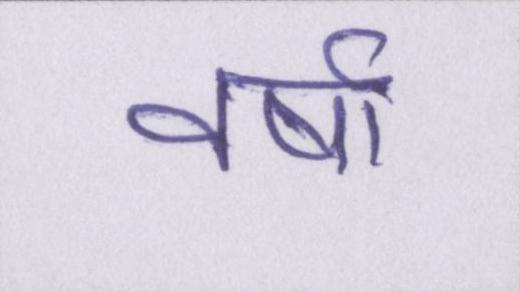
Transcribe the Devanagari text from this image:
वर्षा